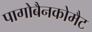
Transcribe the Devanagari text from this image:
पागोबैनकोमैट